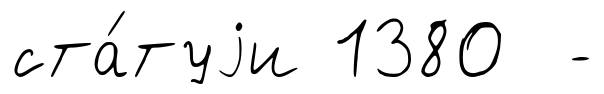
ста́туjи 1380 -